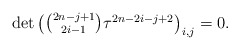
\begin{align*}\det\begin{pmatrix}\binom{2n-j+1}{2i-1}\tau^{2n-2i-j+2}\end{pmatrix}_{i,j}=0.\end{align*}